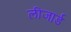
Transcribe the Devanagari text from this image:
लीजार्ड